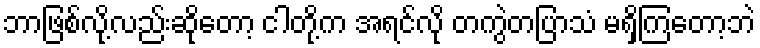
ဘာဖြစ်လို့လည်းဆိုတော့ ငါတို့က အရင်လို တကွဲတပြာသံ မရှိကြတော့ဘဲ